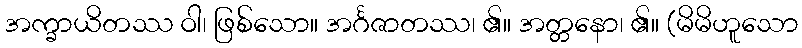
အက္ခာယိတဿ ဝါ၊ ဖြစ်သော။ အင်္ဂဇာတဿ၊ ၏။ အတ္တနော၊ ၏။ (မိမိဟူသော